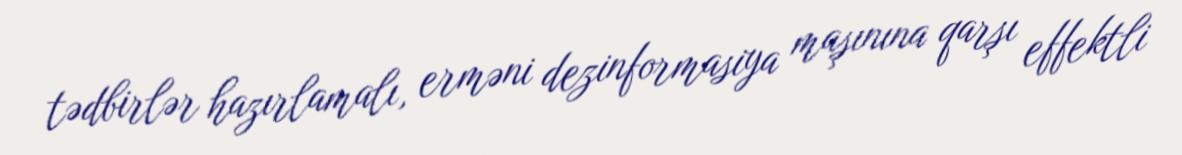
tədbirlər hazırlamalı, erməni dezinformasiya maşınına qarşı effektli